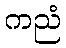
ကညံ